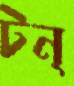
টন্